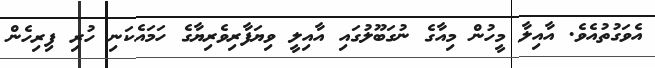
އެވަގުތުއެވެ. އާއިލާ މީހުން މިއާގެ ނުގަބޫލުގައި އާއިލީ ވިޔަފާރިވެރިޔާގެ ހަމައެކަނި ހުރި ފިރިހެން